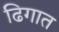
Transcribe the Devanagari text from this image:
ढिगात